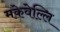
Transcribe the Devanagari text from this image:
मकेवेल्लि